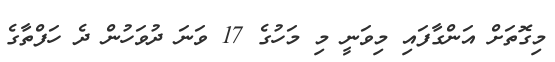
މިގޮތަށް އަންގާފައި މިވަނީ މި މަހުގެ 17 ވަނަ ދުވަހުން ދެ ހަފްތާގެ